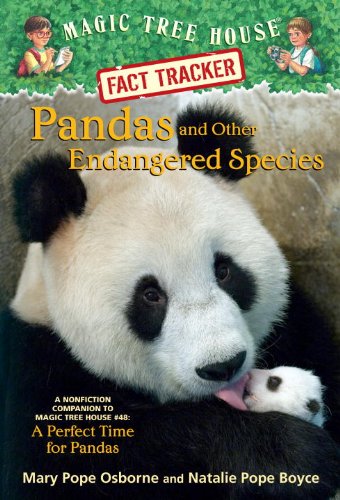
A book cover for Magic Tree House Fact Tracker #26: Pandas and Other Endangered Species: A Nonfiction Companion to Magic Tree House #48: A Perfect Time for Pandas; Mary Pope Osborne; Science & Math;